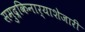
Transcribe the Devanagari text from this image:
समुद्रकिनार्‍याशेजारी